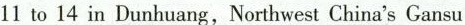
11 to 14 in Dunhuang,Northwest China's Gansu